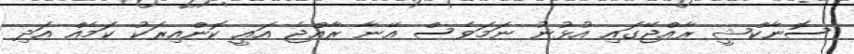
ސޮނާކްޝީ ރާއްޖޭގައި އުޅުނު ނަމަވެސް އޭނާ ރާއްޖެ އައީ ކޮންއިރަކު ކަމެއް އަދި